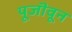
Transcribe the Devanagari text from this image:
पूजॊवून